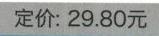
定价: \(29.80\)元